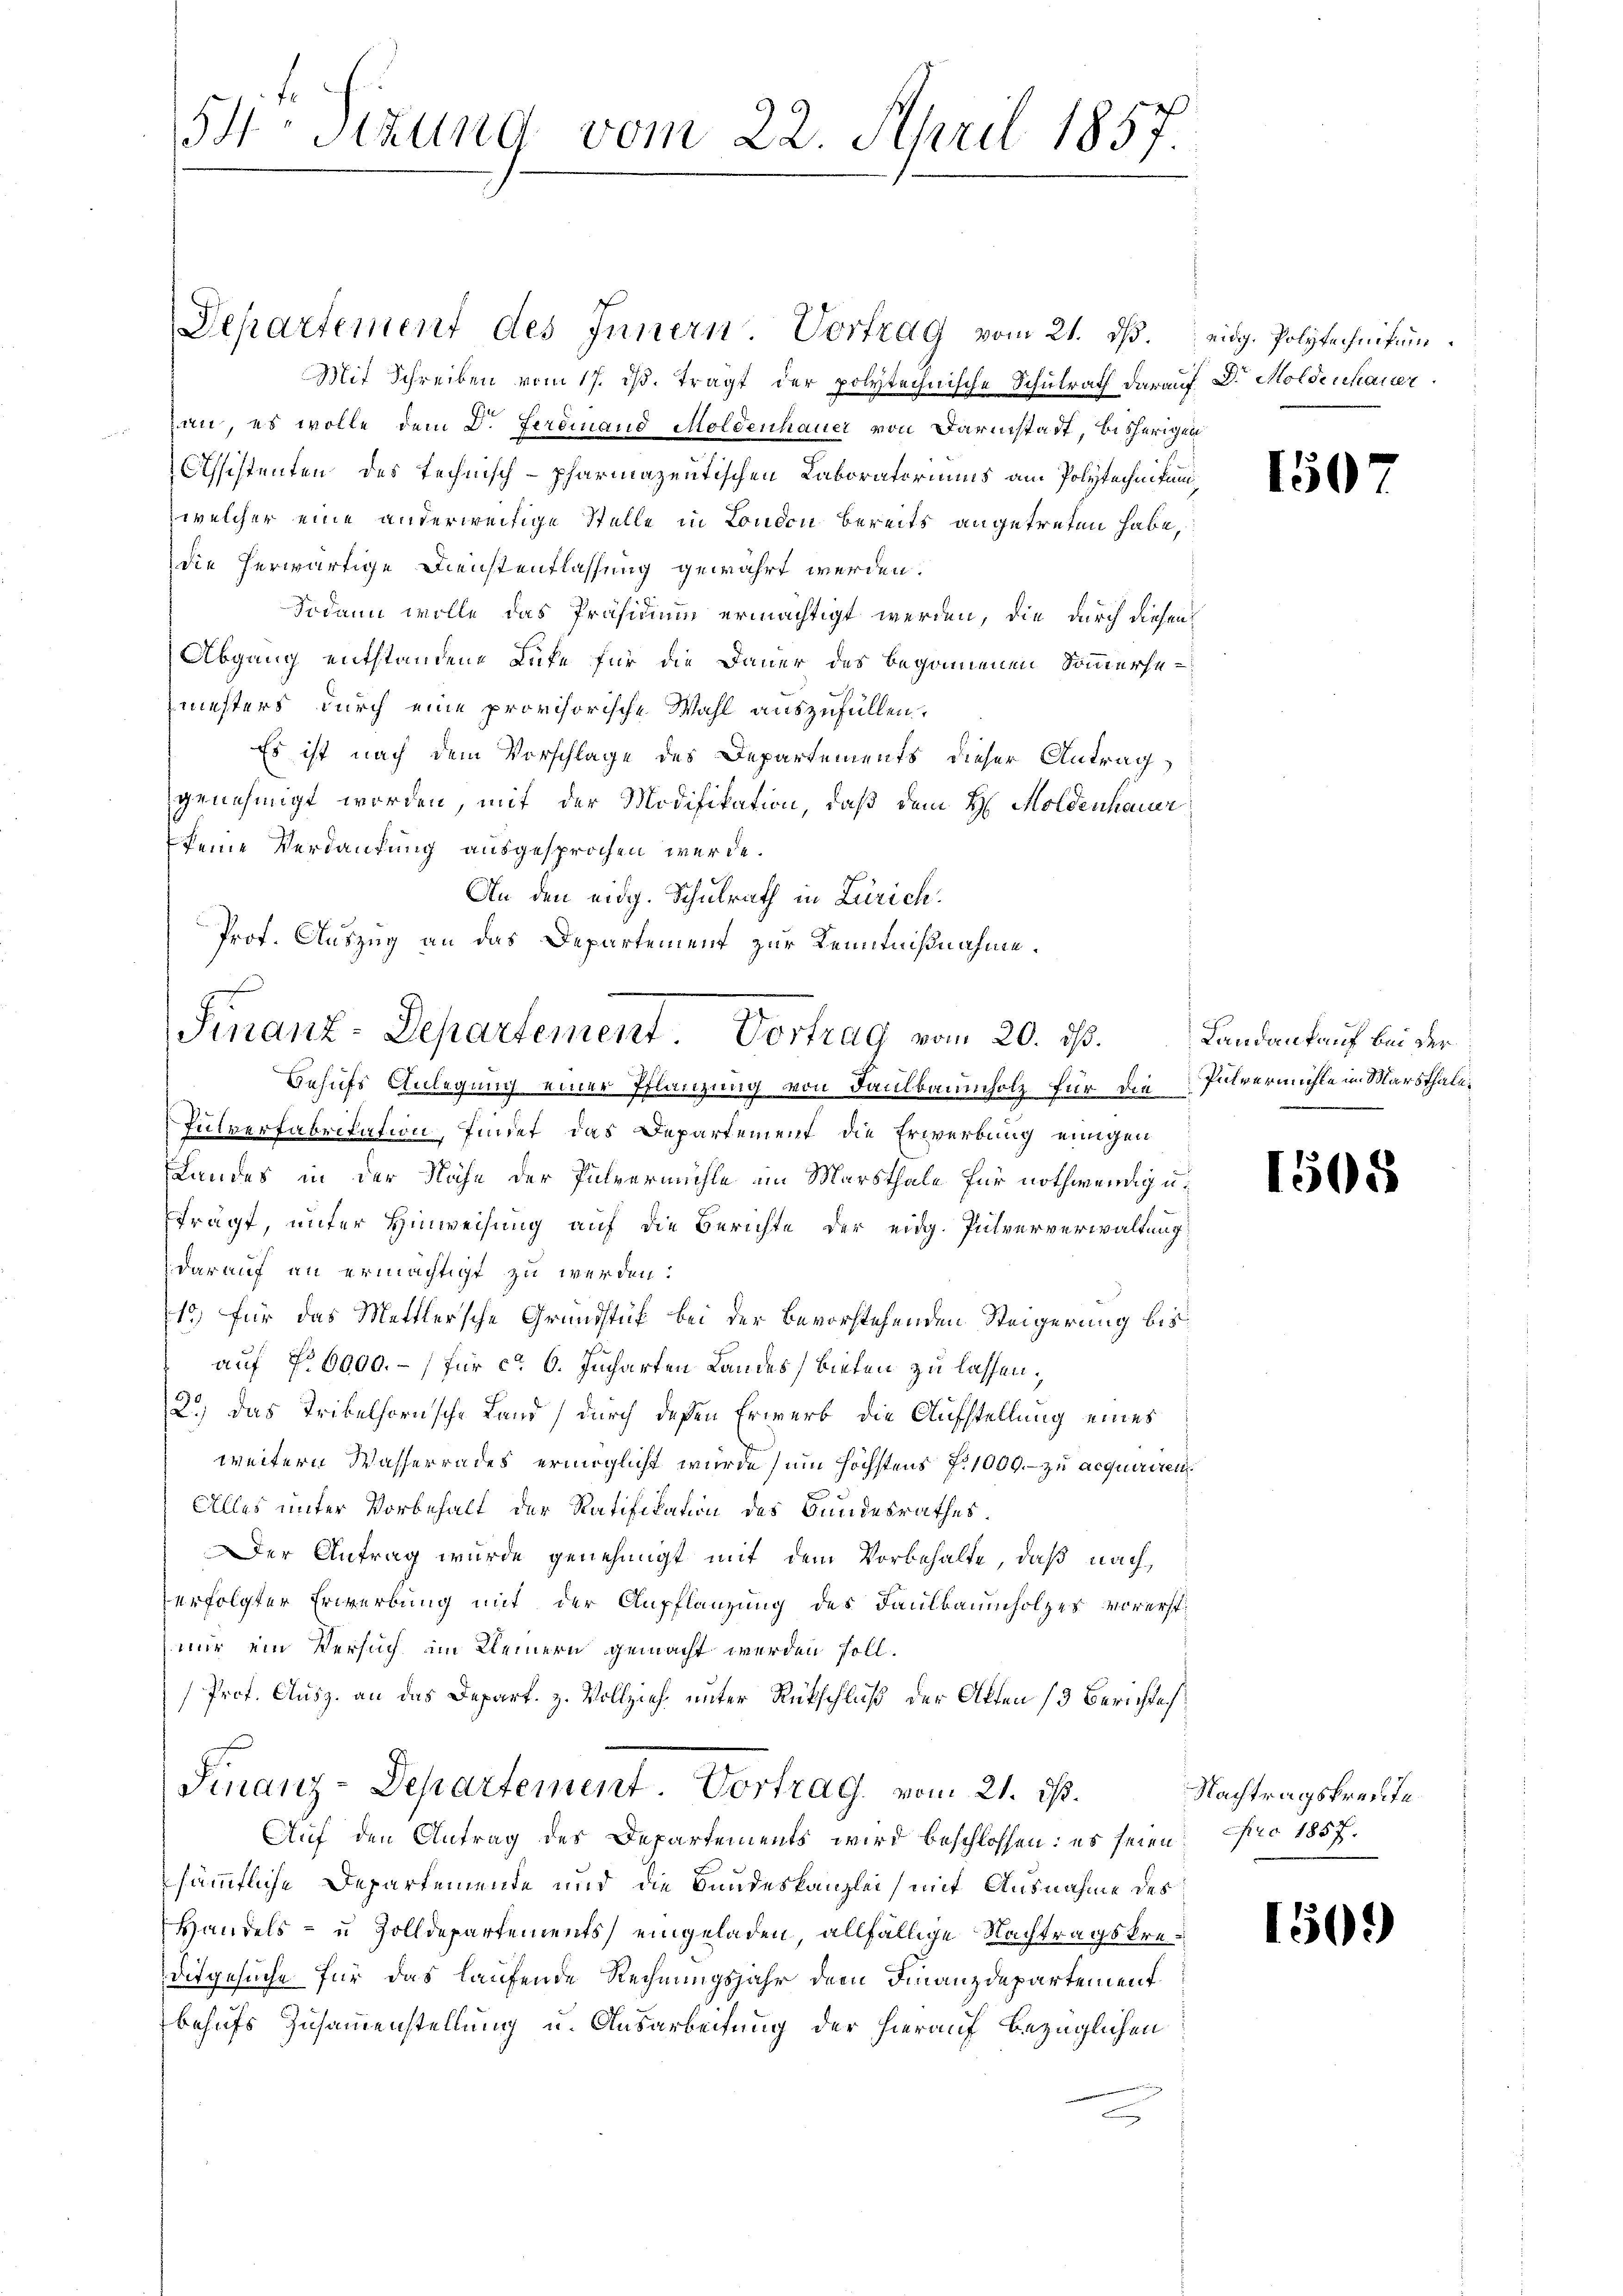
54. Sizung vom 22. April 1857

Mit Schreiben vom 17. ds. tragt der polytechnische Schulrath darauf Dr. Moldenhauer
n, es wolle dem Dr. Ferdinand Moldenhauer von Darmstadt, bisherigen
Assistenten des technisch-pharmazentischen Laboratoriums am Polytechnikum,
welcher eine anderweitige Stelle in London bereits angetreten habe,
die herwärtige Dienstentlassung gewährt werden.
Sodann wolle das Präsidium ermächtigt werden, die durch diesen
Abgang entstandene Rufe für die Dauer des begonnenen Sommersemesters durch eine provisorische Wahl auszufüllen.
Es ist nach dem Vorschlage des Departements dieser Antrag
genehmigt worden, mit der Modifikation, daß dem H. Moldenhauer
keine Verdankung ausgesprochen werde.
s
An den eidg. Schulrath in Zürich.
Prof. Auszug an das Departement zur Kenntnißnahme.

Finanz-Departement Vortrag vom 20. ds.
Behufs Anlegung einer Pflanzung von Faulbaumholz für die Pulvermühle im Marthale¬

Pulverfabrikation, findet, das Departement die Erwerbung einigen
Landes in der Nähe der Pulvermühle im Marsthale für nothwendigufrägt, unter Hinweisung auf die Berichte der eidg. Pulververwaltung
darauf an ermächtigt zu werden:
1) für das Mettlersche Grundstuf bei der bevorstehenden Steigerung bis
auf Nr. 6000.-) für ca 6. Jucharten Landes bieten zu lassen,
2.) Das Trikelhornische Land durch deßen Erwerk die Aufstellung eines
weitern Wasserrades ermöglicht wurde um höchstens No 1009. zu acquiriren.
Alles unter Vorbehalt der Ratifikation des Bundesrathes.
er Antrag wurde genehmigt mit dem Vorbehalte, daß nach,
erfolgter Erwerbung mit der Anpflanzung des Faulbaumholzes vorerst
mir ein Versuch im Kleinern gemacht werden soll.
Prof. Ausz. an das Depart. z. Vollzieh unter Rückschluß der Akten (3 Berichtes
Finanz-Departement Vortrag vom 21. ds.
Auf den Antrag des Departements wird beschlossen: es seien pro 1857.
sämmtliche Departemente und die Bundeskanzlei, mit Ausnahme des
Handels- u Zolldepartements eingeladen, allfällige Nachtragskredisgesuche für das laufende Rechnungsjahr dem Finanzdepartement
behufs Zusammenstellung u. Ausarbeitung der hierauf bezüglichen

Departement des Innern. Vortrag vom 21. dβ. eidg. Polytechnikum.

150

Landankauf bei der

1508

Nachtragskreute

1509)